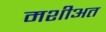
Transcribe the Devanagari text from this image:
मशीअत